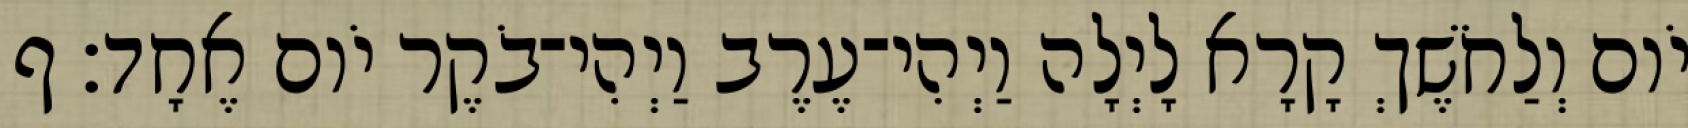
יֹום וְלַחֹשֶׁךְ קָרָא לָיְלָה וַיְהִי־עֶרֶב וַיְהִי־בֹקֶר יֹום אֶחָד׃ ף